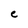
Character: e